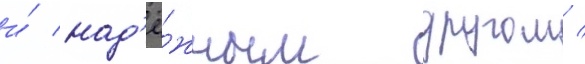
и́ над'ё́жным другом /